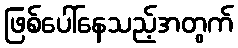
ဖြစ်ပေါ်နေသည့်အတွက်